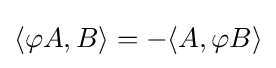
\langle \varphi A,B\rangle =-\langle A,\varphi B\rangle